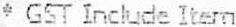
* GST INCLUDE ITEM